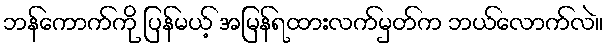
ဘန်ကောက်ကို ပြန်မယ့် အမြန်ရထားလက်မှတ်က ဘယ်လောက်လဲ။